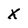
Character: X